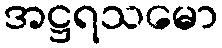
အဋ္ဌရသမော